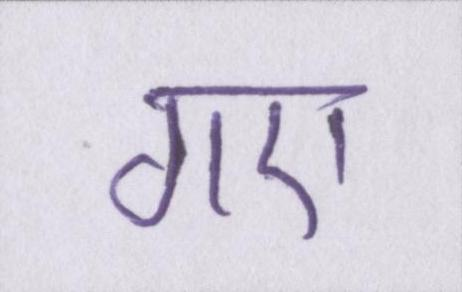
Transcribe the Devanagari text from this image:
गए